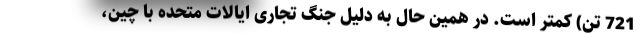
721 تن) کمتر است. در همین حال به دلیل جنگ تجاری ایالات متحده با چین،‌